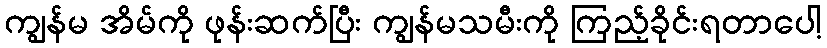
ကျွန်မ အိမ်ကို ဖုန်းဆက်ပြီး ကျွန်မသမီးကို ကြည့်ခိုင်းရတာပေါ့